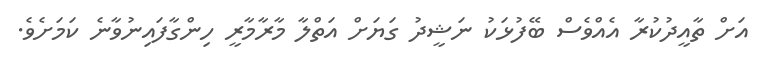
އަށް ތާއީދުކުރާ އެއްވެސް ބޭފުޅަކު ނަޝީދު ގަޔަށް އަތްލާ މާރާމާރީ ހިންގާފައިނުވާނެ ކަމަށެވެ.